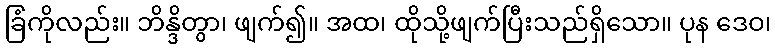
ခြံကိုလည်း။ ဘိန္ဒိတွာ၊ ဖျက်၍။ အထ၊ ထိုသို့ဖျက်ပြီးသည်ရှိသော။ ပုန ဒေဝ၊